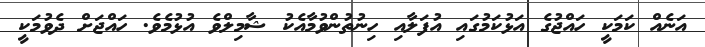
އަނެއް ކަމަކީ ހައްޖުގެ އަޅުކަމުގައި އުފަލާއި ހިނުތުންވުމާއެކު ޝާމިލްވެ އުޅުމެވެ. ހައްޖަށް ދެވުމަކީ